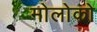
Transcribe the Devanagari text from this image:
मोलोको